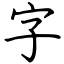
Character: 字